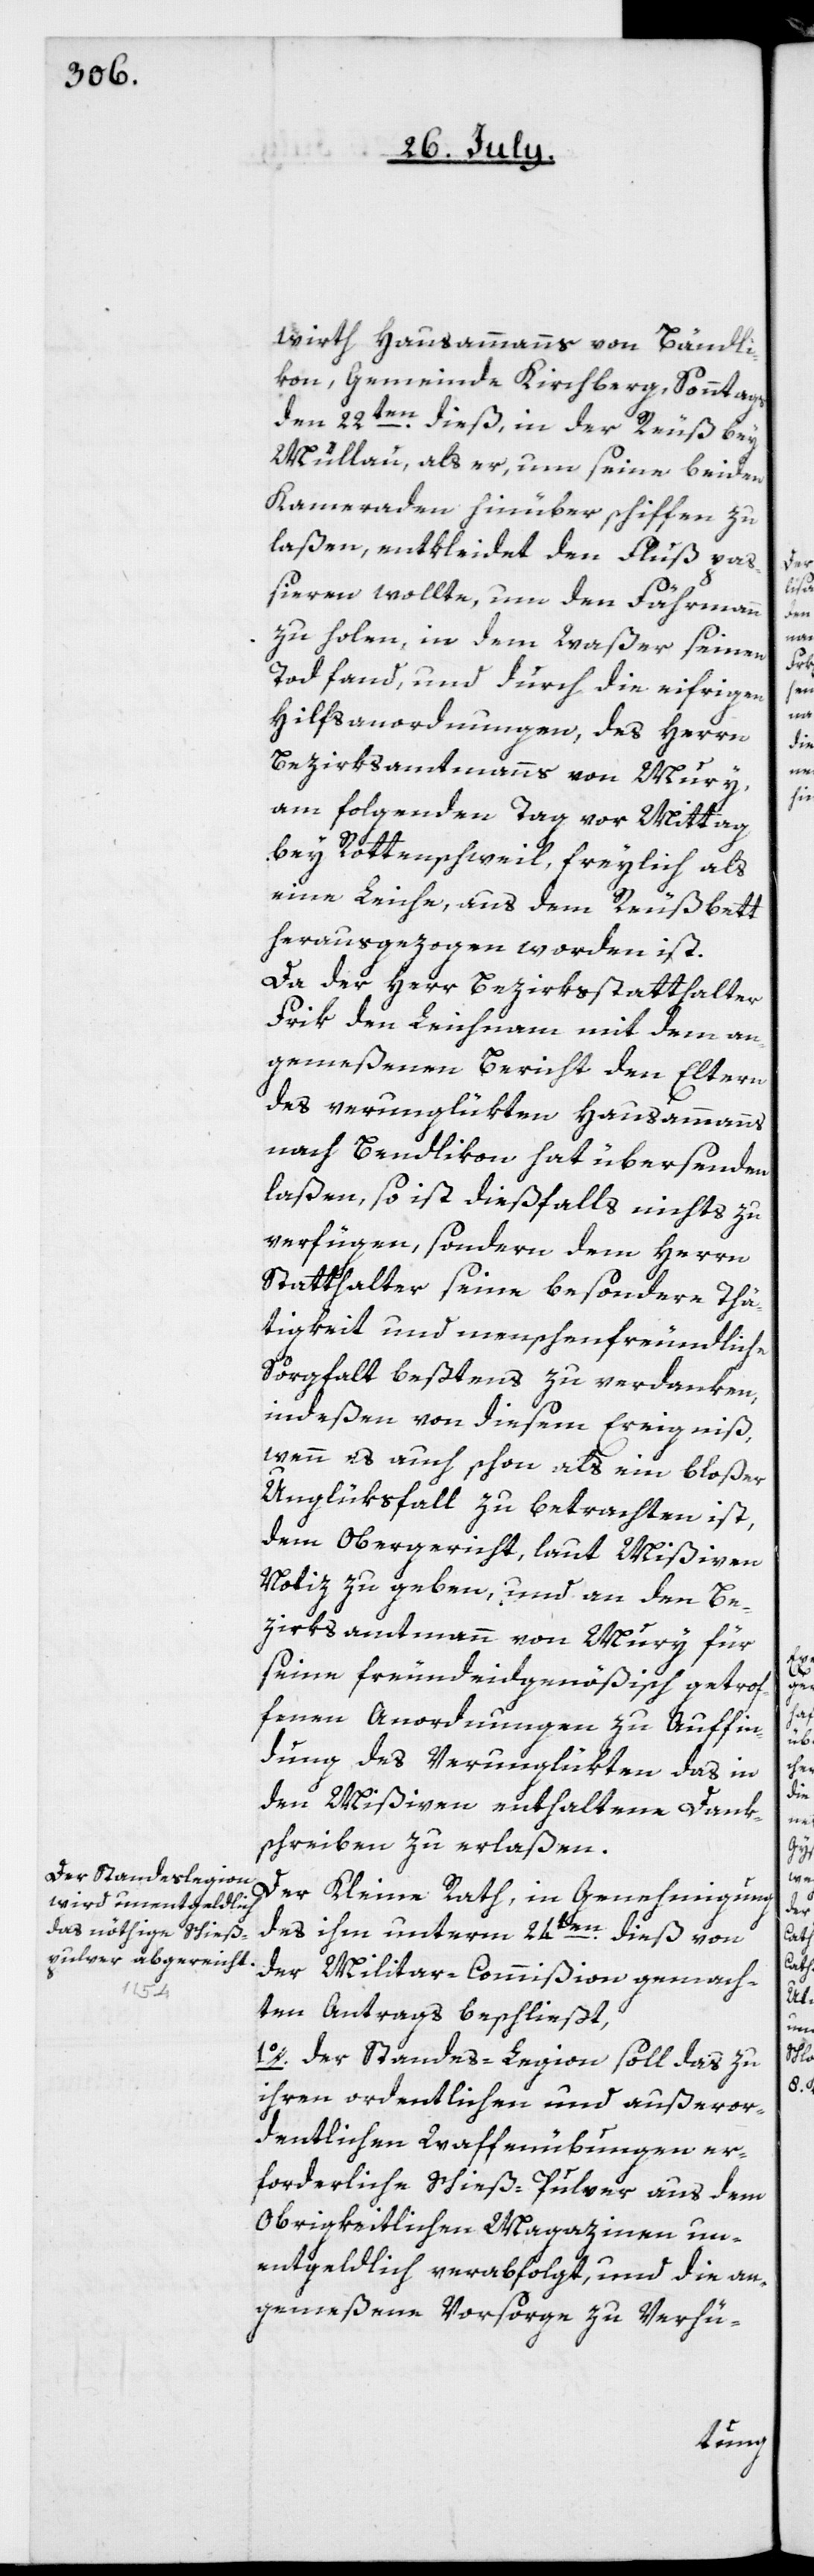
enden

wirth Hausammanns von Bändli¬
kon, Gemeinde Kilchberg, Sonntags
den 22ten dieß in der Reuß bey
Müllau, als er, um seine beiden
Kameraden hinüber schiffen zu
laßen, entkleidet den Fluß pa¬
ßieren wollte, um den Fährmann
zu holen, in dem Waßer seinen
Tod fand, und durch die eifrigen
Hilfsanordnungen des Herrn
Bezirksamtmanns von Mury,
am folgenden Tag vor Mittag
bey Rottenschweil, freylich als
eine Leiche, aus dem Reußbett
herausgezogen worden ist.
Da der Herr Bezirksstatthalter
Frik den Leichnam mit dem an¬
gemeßenen Bericht den Eltern
des verunglükten Hausammanns
laßen, so ist dießfalls nichts zu
verfügen, sondern dem Herrn
Statthalter seine besondere Thä¬
tigkeit und menschenfreundliche
Sorgfalt beßtens zu verdanken,
indeßen von diesem Ereigniß,
wenn es auch schon als ein bloßer
Unglüksfall zu betrachten ist,
dem Obergericht, laut Mißiven
Notiz zu geben, und an den Be¬
zirksamtmann von Mury für
seine freundeidgenößisch getrof¬
fenen Anordnungen zu Auffin¬
dung des Verunglükten das in
den Mißiven enthaltene Dank¬
schreiben zu erlaßen.
Der Kleine Rath, in Genehmigung
des ihm unterm 24ten dieß von
der Militar-Commißion gemach¬
ten Antrags beschließt,
1o. Der Standes-Legion soll das zu
ihren ordentlichen und außeror¬
dentlichen Waffenübungen er¬
forderliche Schieß-Pulver aus dem
Obrigkeitlichen Magazinen un¬
enteldlich verabfolgt, und die an¬
gemeßene Vorsorge zu Verhü-